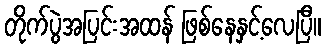
တိုက်ပွဲအပြင်းအထန် ဖြစ်နေနှင့်လေပြီ။